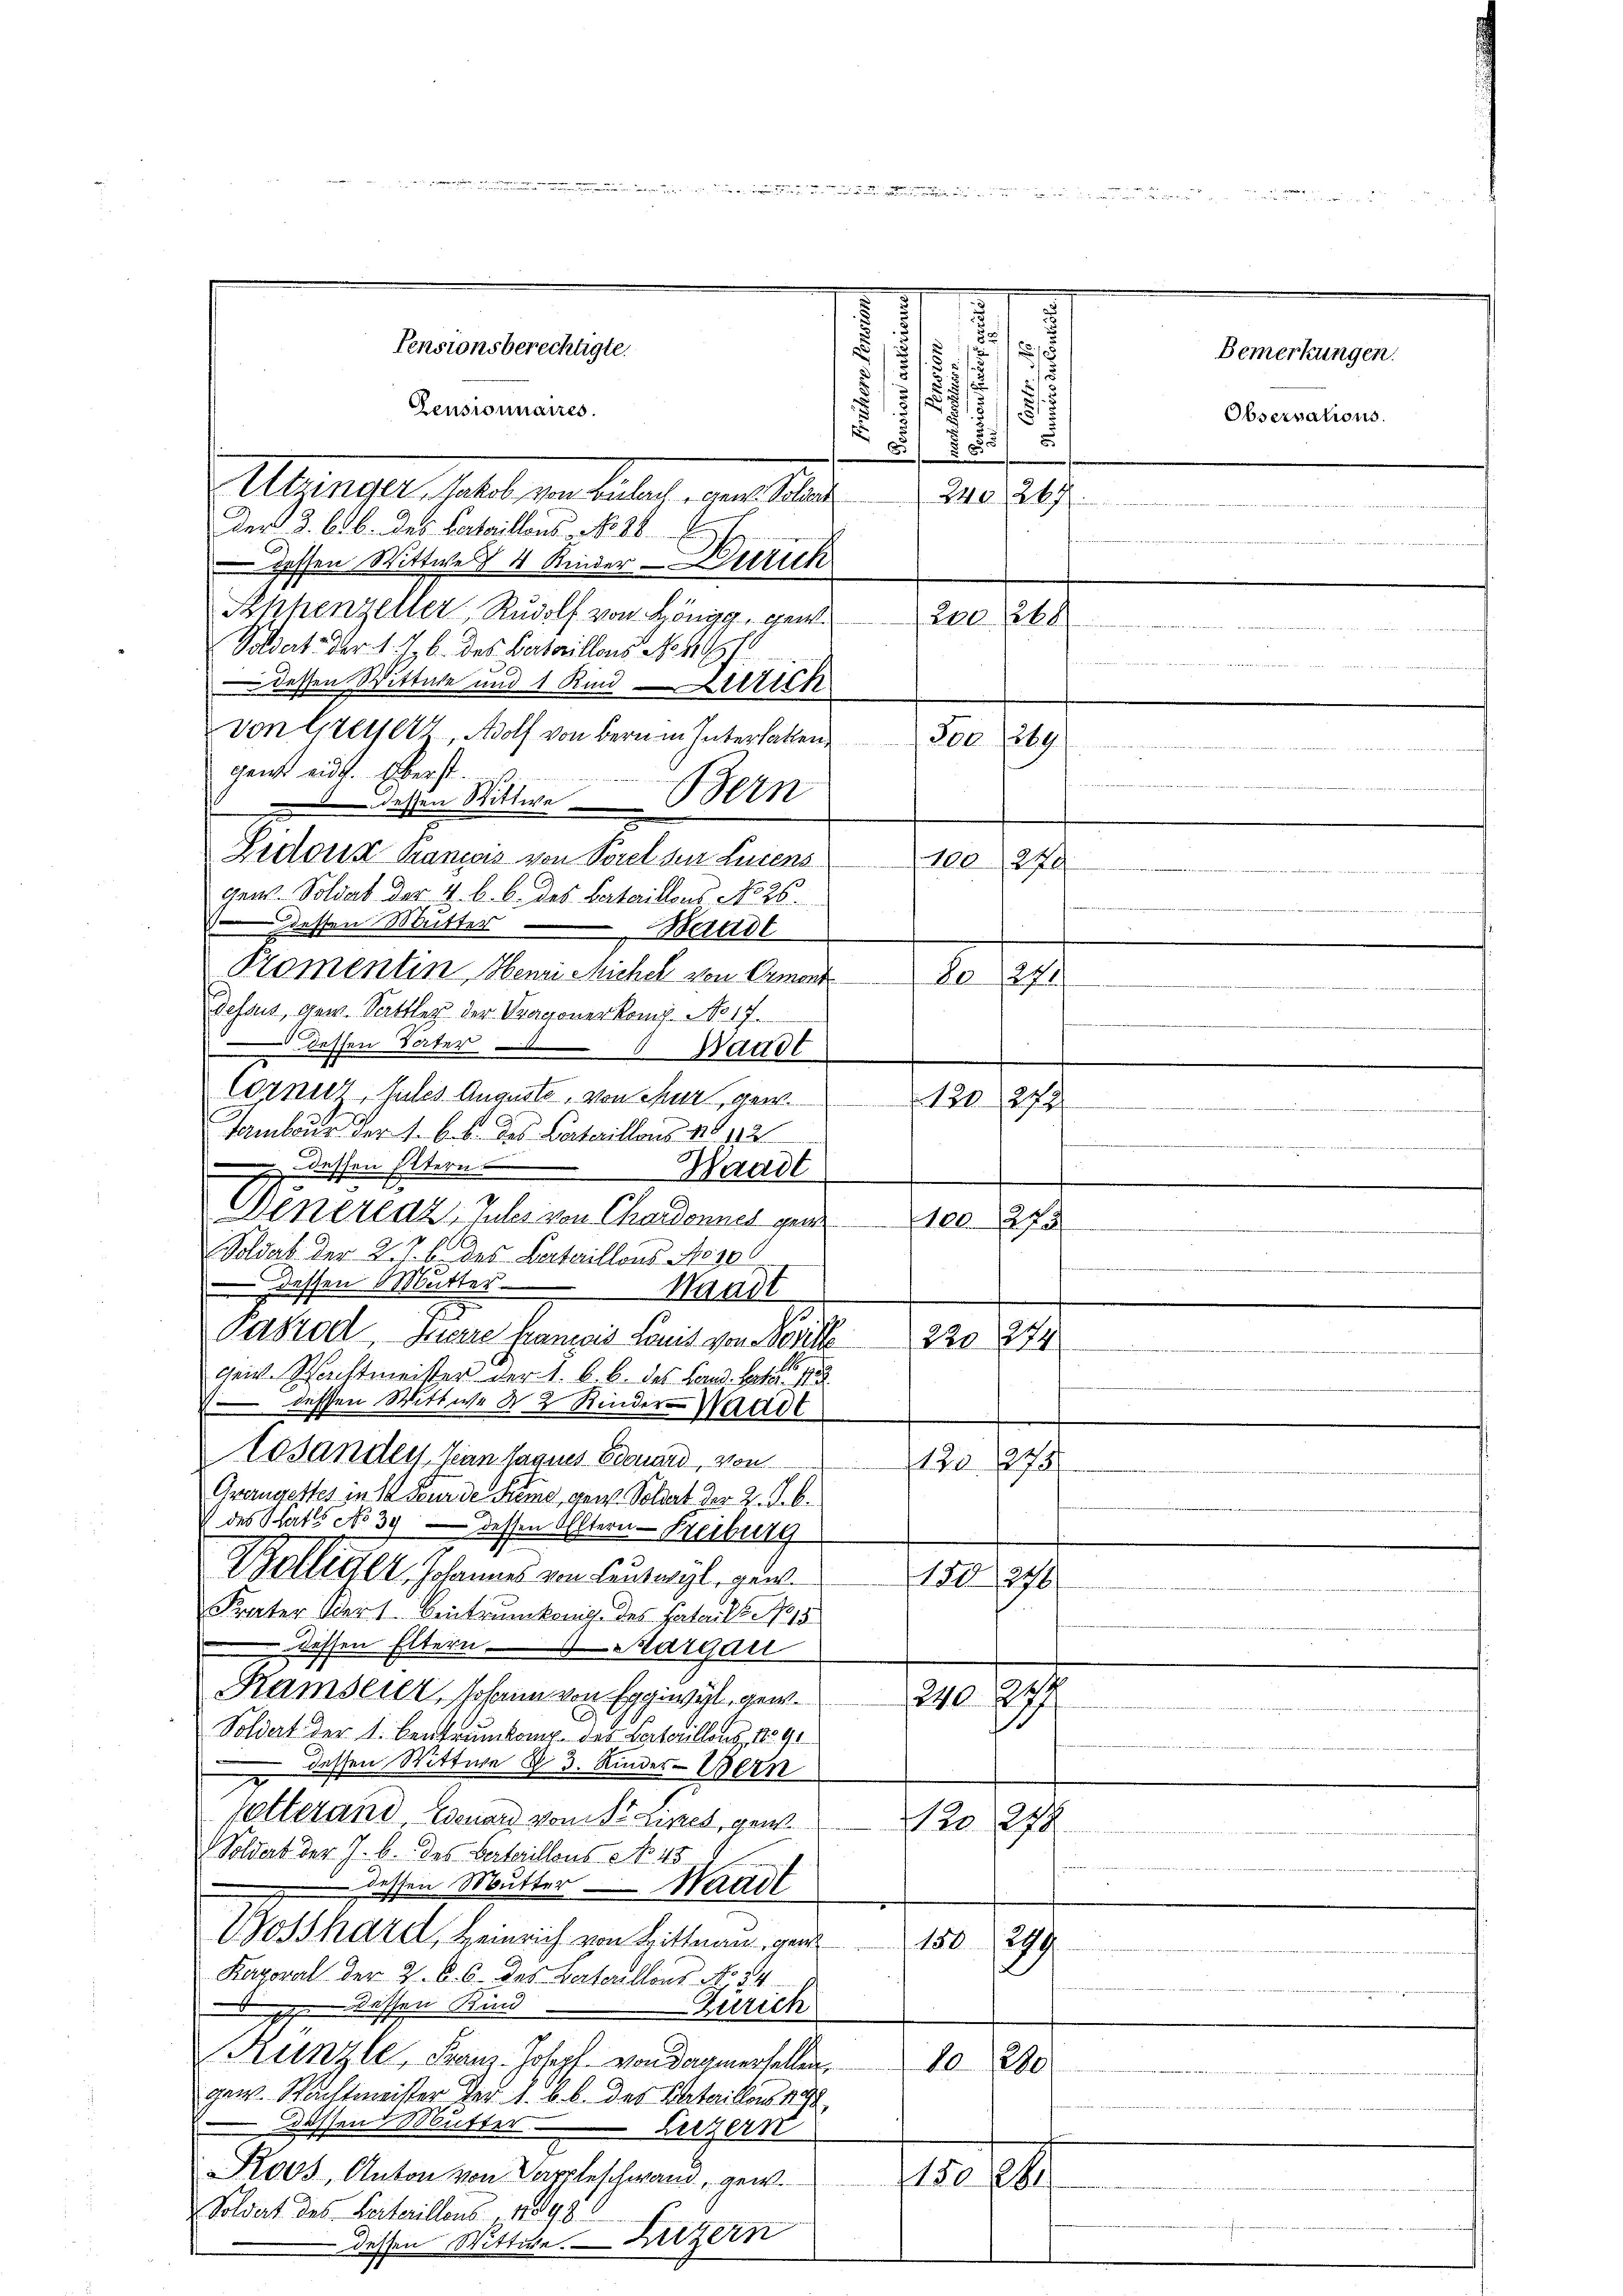
Zensionnaires.
Abendet, soit ein haben, um Mit
Der 3. 6. b. des Bataillons No 28.
dessen Wittwe 4 Kinder Zürich
Shhenzeller, Rudolf von Höngg, ge
Soldat. Der 1. J. b. des Bataillons No 111.
dessen Wittwe und 1 Kind Littich
von Greyerz, Wolf von Bern in Interhalten 500. 369
gente eid. Eberst
n
dessen Wittwe ein
Lictors Prancois von Porel die Lucens
gens. Soldat der 4. b. b. des Bataillons No 26.
 dessen Mitter
Werndt
Promentin, Henri sichel von Ormond 8024
dessus, gew. Sattler der Pragonerkamp No 17.
dessen Vater Badet
Cornier, Julis Auguste, von Chur, gew
Tambour der 1. 6. s. das Bataillons No 12
dessen Stern Waadt
I
7
Aenerenz, pules von Chardonnet gene
 1.
Soldat der 2/3 des Bataillons Koso
Dessen Mutter Waadt
B
Pastod Miene Gramois Sanit von Beville
S
genRechtmeister der 1. B. b. des Land. Febr. 188
 dessen Wittwe d 2 Rinder Waadt
esanden, Jean Saanes Edouard, von
Grangestes in 10 Feur der Seeme, gew. Soldat der 2. J. b
 des Statt No 39 dessen Eltern Preiburg
Belliger, Johannes von Hauswyl, gen.
Frater Berl. Beitrunkonig des Fatails No 15
dessen Eltern Margau
Ramserer Johann von Eggiwyl, gew
Soldat der 1. Bentrunken des Bataillons, 1891
 dessen Wittwe R. 3. Kinder-Wern
falterand Esenarz von Neues, gew
Nro 278
Soldat der J. b. des Bertaillons No. 45
 dessen Mutter Waadt
Bosshard, Heinrich von Hittnau, ge
150.
299
Kaporal der 2. B. 6. des Bertarillons No. 24
dessen Kund
Zürich
Künzli, Franz-Joseph von dagiertellen,
10 280
gew. Nachtmeister der 1. b. b. des Bataillon 1890
-dessen Mutter Luzern
Roos, Anton von Kappleschwand, gew
e
Soldat des Seiterillons, 1848.
dessen Wittwe. — Luzern
4

Pensionsberechtigte.

.
1
2
3
.

u

¬
2
.
d
8
85
2
240, 267
200 268
100270

120272
120275
220274
120. 273
180, 246
1
240.
.

Bemerkungen.
Observations.